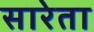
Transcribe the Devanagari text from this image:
सारेता